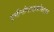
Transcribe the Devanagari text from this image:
एमीनोग्लाइकोसाइड